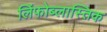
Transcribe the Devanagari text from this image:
लिंफोब्लास्तिक